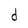
Character: d